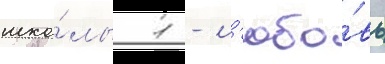
шко́лы 1 - л'юбо́вь